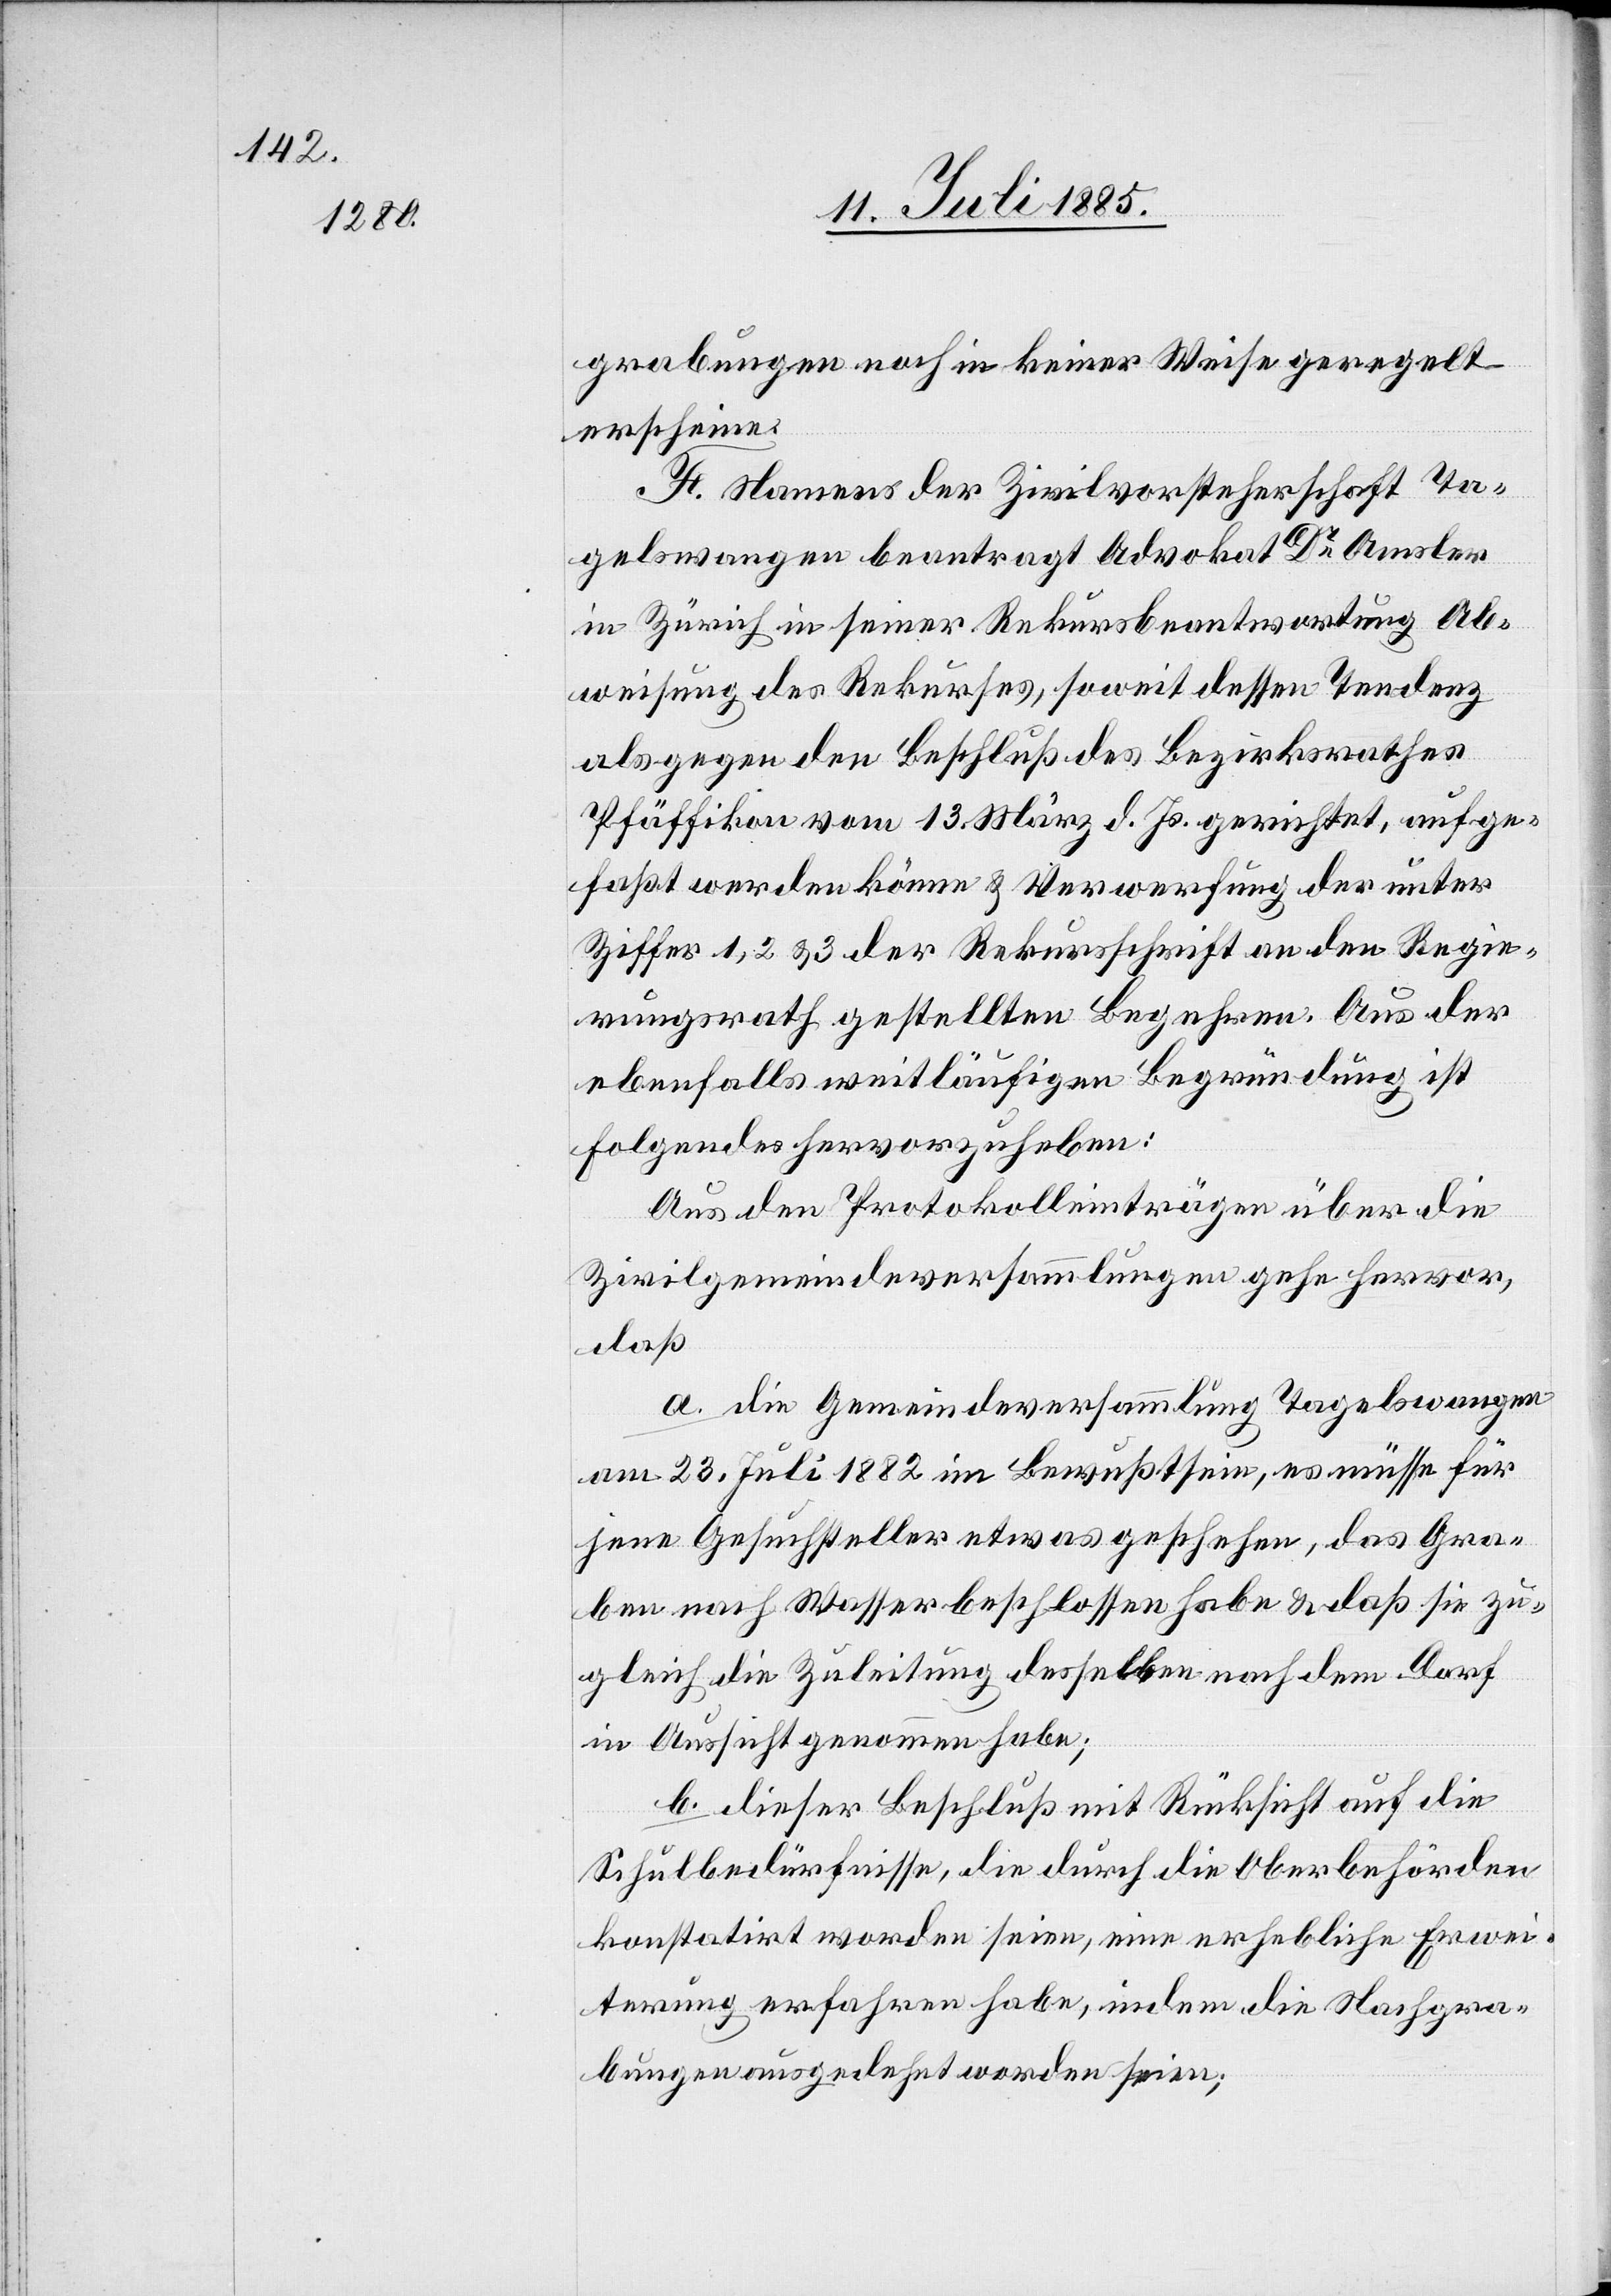
grabungen noch in keiner Weise geregelt
erscheine.
F. Namens der Zivilvorsteherschaft Ta¬
gelswangen beantragt Advokat Dr Amsler
in Zürich in seiner Rekursbeantwortung Ab¬
weisung des Rekurses, soweit dessen Tendenz
als gegen den Beschluß des Bezirksrathes
Pfäffikon vom 13. März d. Js. gerichtet, aufge¬
faßt werden könne & Verwerfung der unter
Ziffer 1, 2 & 3 der Rekursschrift an den Regie¬
rungsrath gestellten Begehren. Aus der
ebenfalls weitläufigen Begründung ist
Folgendes hervorzuheben:
Aus den Protokolleinträgen über die
Zivilgemeindeversammlungen gehe hervor,
daß
a. die Gemeindeversammlung Tagelswangen
am 23. Juli 1882 im Bewußtsein, es müsse für
jene Gesuchsteller etwas geschehen, das Gra¬
ben nach Wasser beschlossen habe & daß sie zu¬
gleich die Zuleitung desselben nach dem Dorf
in Aussicht genommen habe;
b. dieser Beschluß mit Rücksicht auf die
Schulbedürfnisse, die durch die Oberbehörden
konstatirt worden seien, eine erhebliche Erwei¬
terung erfahren habe, indem die Nachgra¬
bungen ausgedehnt worden seien;